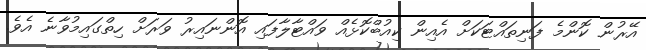
އޭރުން ކޮންމެ ފަނިތައްޓަކަށް އެއިން ކިއުބްކޮޅެއް ވައްޓާލާފައި އޮންނައިރު ވަރަށް ހިތްގައިމުވާނެ އެވެ.